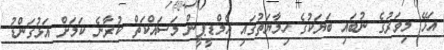
އަޅޭ މިވަރުގެ ނުބައި ބަޔަކުގެ ހިމާޔަތުގައި އެމްޑީޕީން މަސައްކަތް ކުރާނެ ކަމަށް އަޅުގަންޑު